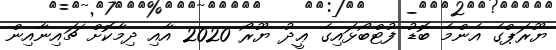
ޔޫރަޕްގެ އެންމެ ބޮޑު ފުޓްބޯޅައިގެ ޢީދު ޔޫރޯ 2020 އާއި ދިމާކޮށް ޗައިނާއިން